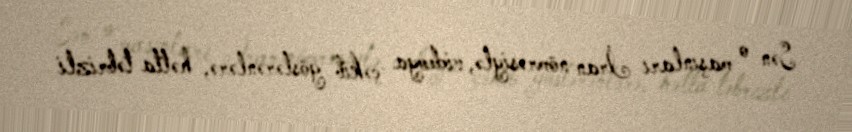
Sən o maşınları İran nömrəsiylə, videoya çəkib göstərənlərə, hətta təbrizli